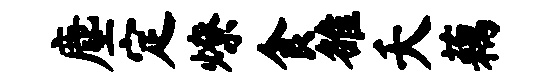
麈定燎食雒夭藕